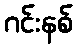
ဂင်းနစ်